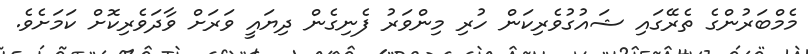
މެމްބަރުންގެ ތެރޭގައި ޝައުގުވެރިކަން ހުރި މިންވަރު ފެނިގެން ދިޔައީ ވަރަށް ވާދަވެރިކޮށް ކަމަށެވެ.